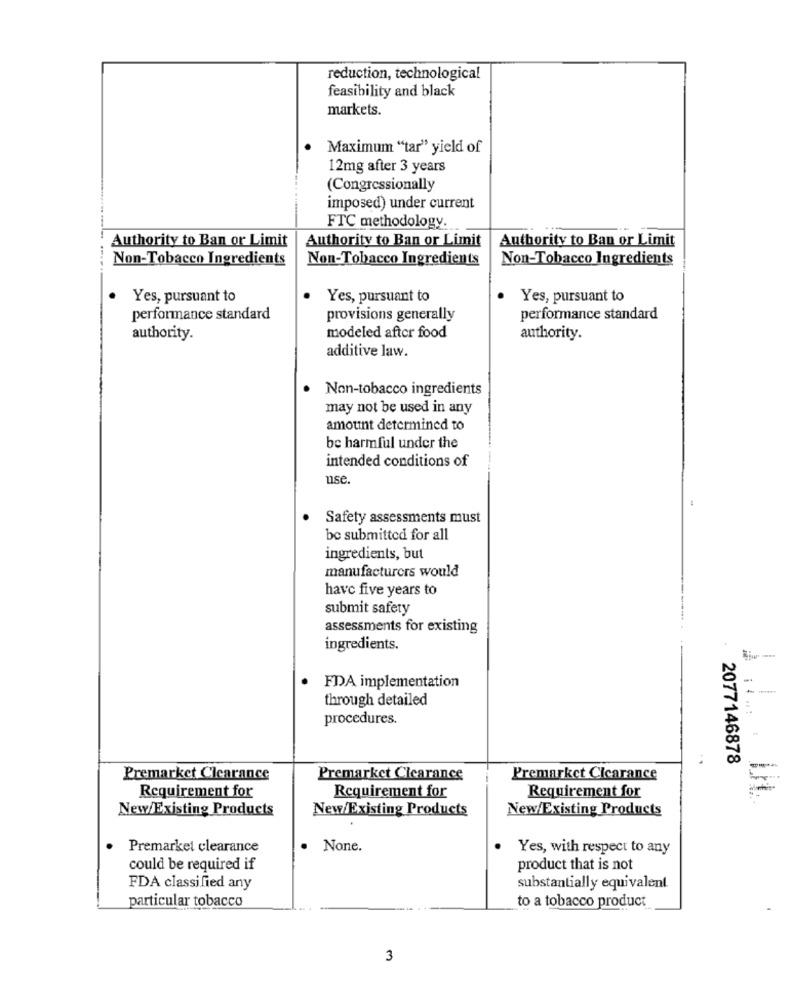
reduction, technological
feasibility and black
markets.
Maximum "tar" yield of
12mg after 3 years
(Congressionally
imposed) under current
FTC methodology.
Authority to Ban or Limit
Authority to Ban or Limit
Authority to Ban or Limit
Non-Tobacco Ingredients
Non-Tobacco Ingredients
Non-Tobacco Ingredients
Yes, pursuant to
Yes, pursuant to
Yes, pursuant to
performance standard
provisions generally
performance standard
modeled after food
authority.
authority.
additive law.
Non-tobacco ingredients
may not be used in any
amount determined to
be harmful under the
intended conditions of
use.
Safety assessments must
be submitted for all
ingredients, but
manufacturers would
have five years to
submit safety
assessments for existing
ingredients.
FDA implementation
through detailed
procedures.
2077146878
Premarket Clearance
Premarket Clearance
Premarket Cicarance
Requirement for
Requirement for
Requirement for
New/Existing Products
New/Existing Products
New/Existing Products
Premarket clearance
. None.
Yes, with respect to any
could be required if
product that is not
FDA classified any
substantially equivalent
particular tobacco
to a tobacco product
3